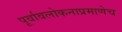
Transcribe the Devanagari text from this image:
पूर्वावलोकनाप्रमाणेच